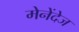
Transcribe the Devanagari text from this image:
मेनेंदेज